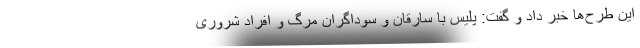
این طرح‌ها خبر داد و گفت: پلیس با سارقان و سوداگران مرگ و افراد شروری